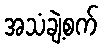
အသံချဲ့စက်